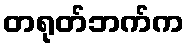
တရုတ်ဘက်က